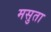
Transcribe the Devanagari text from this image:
मसुता